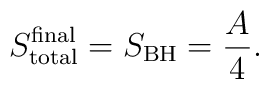
S_{\rm total}^{\rm final} = S_{\rm BH} = \frac{A}{4}.